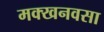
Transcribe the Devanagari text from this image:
मक्खनवसा